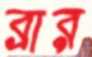
ব্রার